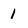
Character: 1